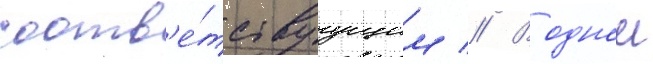
соотв'е́тствуущим // В однои